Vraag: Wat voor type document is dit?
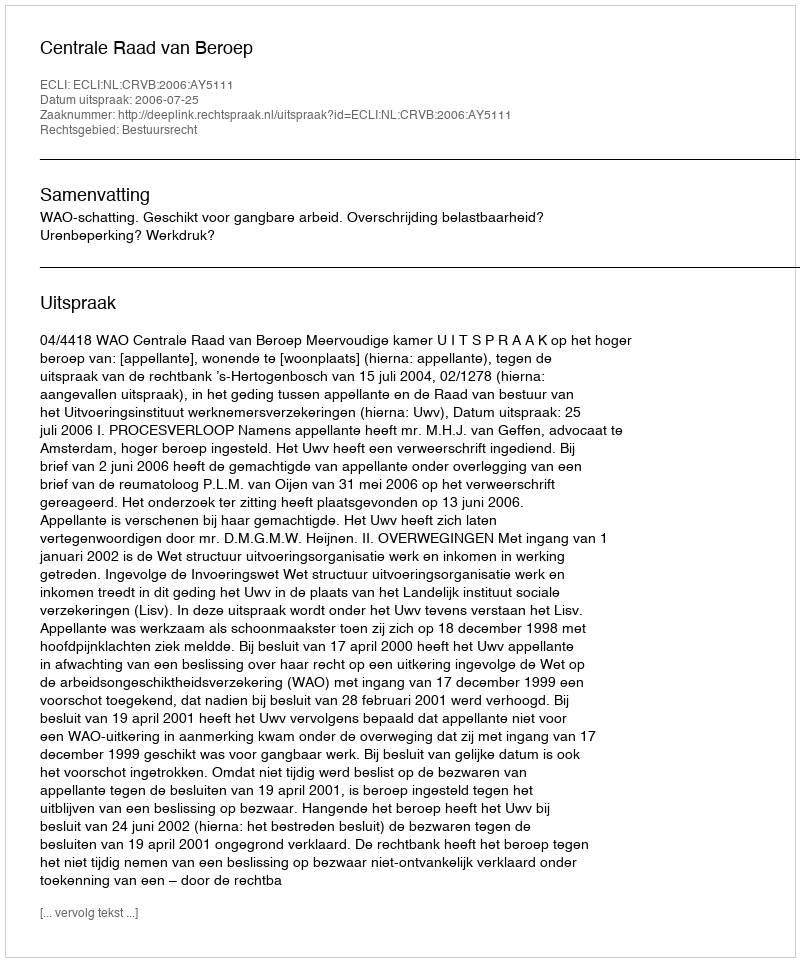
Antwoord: Uitspraak